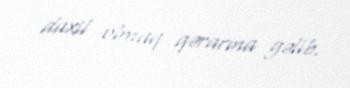
daxil olmaq qərarına gəlib.